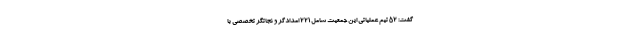
گفت: ۵۲ تیم عملیاتی این جمعیت شامل ۲۲۱ امدادگر و نجاتگر تخصصی با